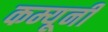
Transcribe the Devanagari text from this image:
कम्यूनी